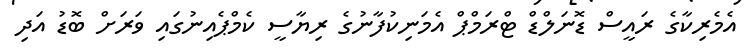
އެމެރިކާގެ ރައީސް ޑޮނަލްޑް ޓްރަމްޕް އެމަނިކުފާނުގެ ރިޔާސީ ކެމްޕެއިނުގައި ވަރަށް ބޮޑު އަދި